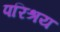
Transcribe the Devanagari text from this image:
परिश्रय